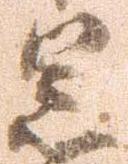
笠